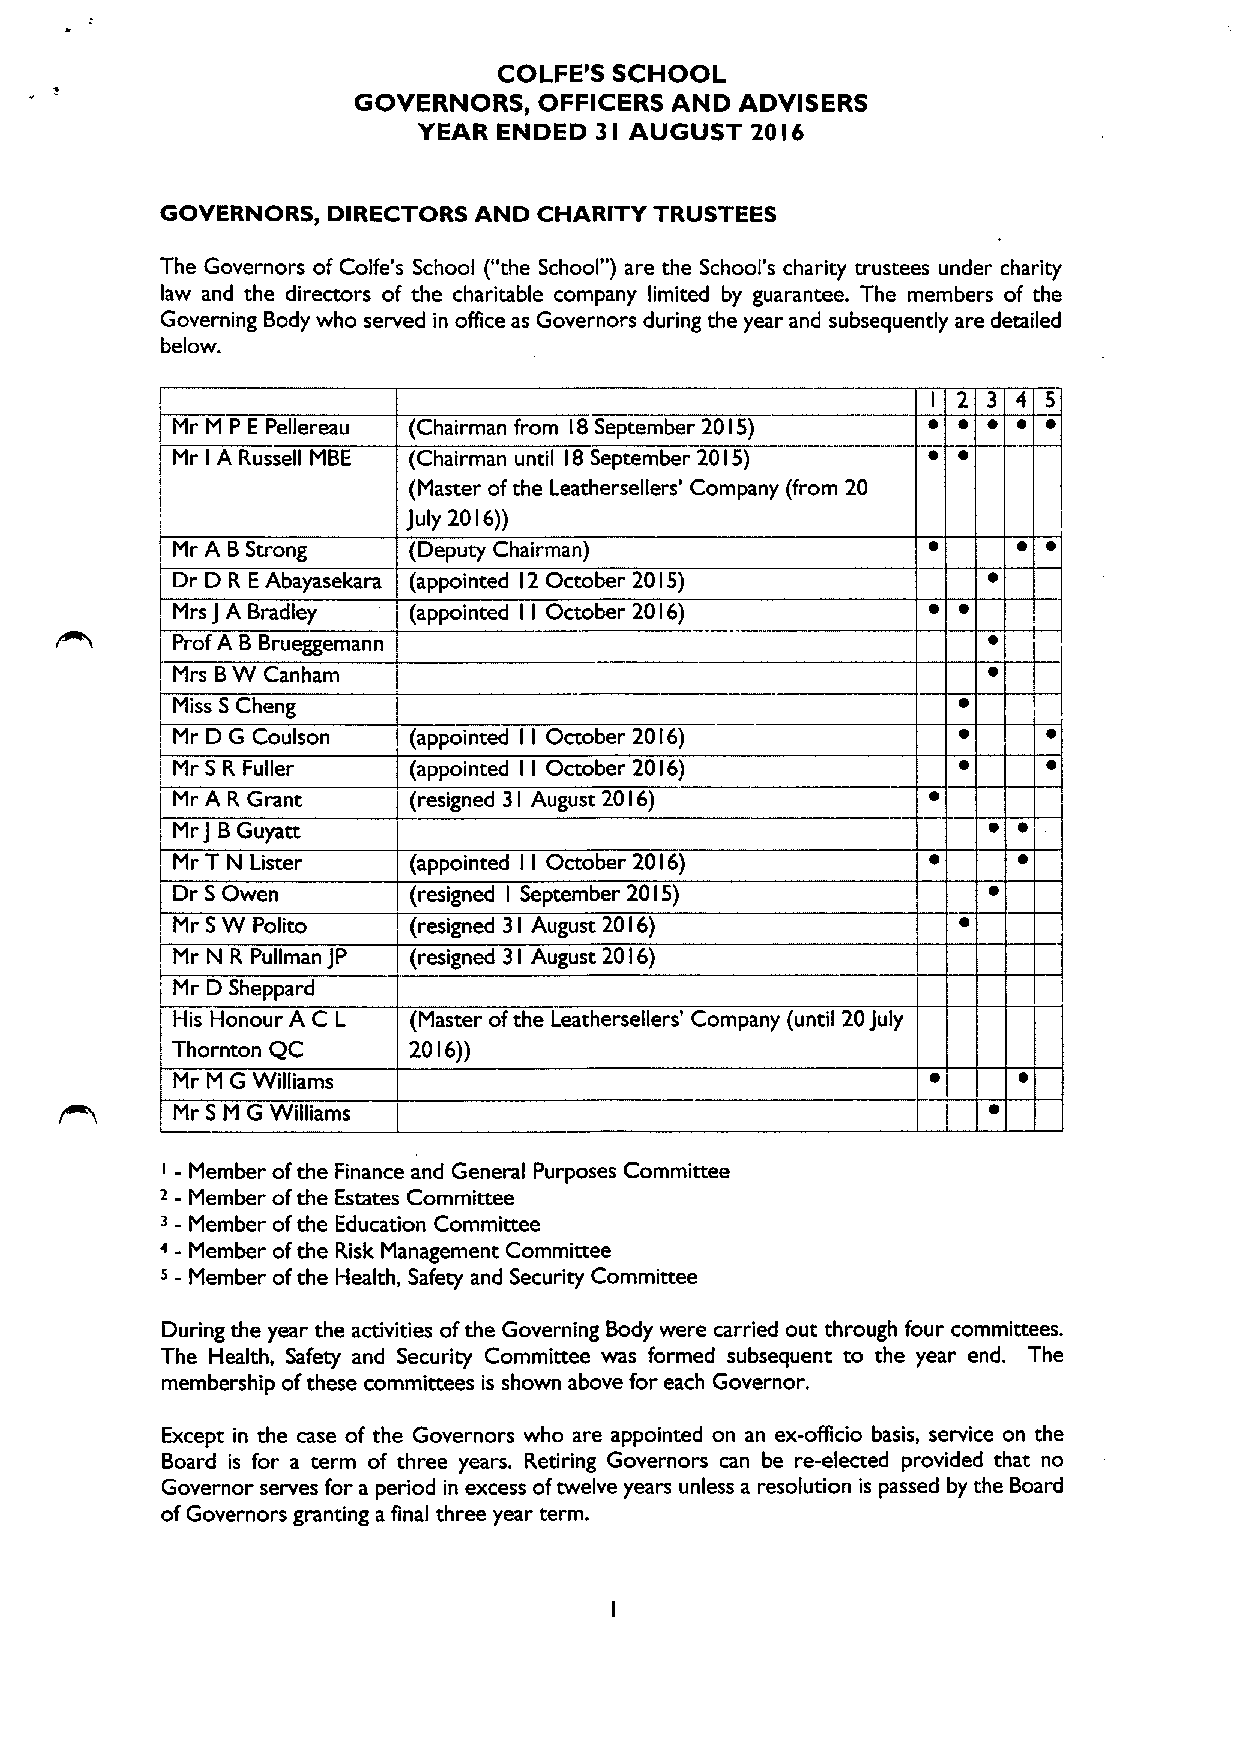
COLFE'S SCHOOL
 GOVERNORS,   OFFICERS AND ADVISERS
 YEAR ENDED 3  AUGUST  20 6
 I          I
 GOVERNORS, DIRECTORS AND CHARITY TRUSTEES
 The Governors of Colfe's School ("the School" ) are the School's charity trustees under charity
 law and the directors of the charitable company limited by guarantee. The members of the
 Governing Body who served in office as Governors during the year and subsequently are detailed
 below.
 3 4 5
 Mr M P E Pellereau (Chairman from 18September 20 I5)  ~ ~ ~
 Mr
 I
 A Russell MBE (Chairman until I8 September 20 I5)
 (Master ofthe Leathersellers' Company (from 20
 July 20 I6))
 Mr A BStrong    (Deputy Chairman)                       ~ ~
 Dr D R EAbayasekara (appointed l2 October 20 5)
 I
 Mrs J A Bradley (appointed I I October 20 I6)
 Prof A BBrueggemann
 Mrs BW Canham
 Miss SCheng
 Mr D G Coulson  (appointed I I October 20 I6)
 Mr S R Fuller   (appointed I I October 20 I6)
 Mr A R Grant    (resigned 3
 I
 August 20 I6)
 Mr
 J
 BGuyatt                                            ~ ~
 Mr T N Lister   (appointed I I October 20 I6)
 Dr SOwen        (resigned September 2015)
 I
 Mr SW Polito    (resigned 3 I August 20 I6)
 Mr N R Pullman JP (resigned 3 I August 20 I6)
 Mr D Sheppard
 His Honour A C L (Master ofthe Leathersellers' Company (until 20July
 Thornton QC     20 6))
 I
 Mr M G Williams
 Mr S M G Williams
 ' - Member ofthe Finance and General Purposes Committee
 ~ - Member ofthe Estates Committee
 '
 - Member ofthe Education Committee
 ~ - Member ofthe Risk Management Committee
 s - Member ofthe Health, Safety and Security Committee
 During the year the activities ofthe Governing Body were carried out through four committees.
 The Health, Safety and Security Committee was formed subsequent to the year end. The
 membership ofthese committees is shown above for each Governor.
 Except in the case of the Governors who are appointed on an ex-officio basis, service on the
 Board is for a term of three years. Retiring Governors can be re-elected provided that no
 Governor serves for a period in excess oftwelve years unless a resolution is passed by the Board
 ofGovernors granting a final three year term.